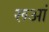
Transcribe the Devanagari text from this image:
रूआं